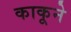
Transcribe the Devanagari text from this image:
काकूने